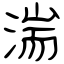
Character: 湍